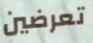
تعرضين